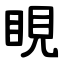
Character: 睍